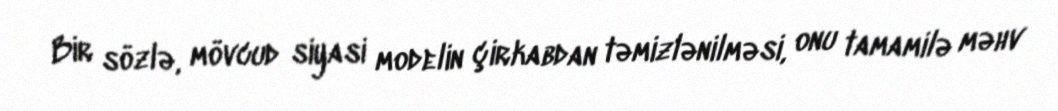
Bir sözlə, mövcud siyasi modelin çirkabdan təmizlənilməsi, onu tamamilə məhv